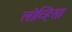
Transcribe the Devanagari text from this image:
लोव्हिसा